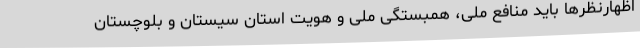
اظهارنظرها باید منافع ملی، همبستگی ملی و هویت استان سیستان و بلوچستان